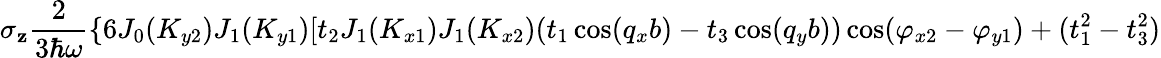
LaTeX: \sigma_{\mathbf{z}}\frac{{2}}{{3\hbar\omega}}\{ 6J_{0}(K_{y2})J_{1}(K_{y1})[t_{2}J_{1}(K_{x1})J_{1}(K_{x2})(t_{1}\cos(q_{x}b)-t_{3}\cos(q_{y}b))\cos(\varphi_{x2}-\varphi_{y1})+(t_{1}^{2}-t_{3}^{2})